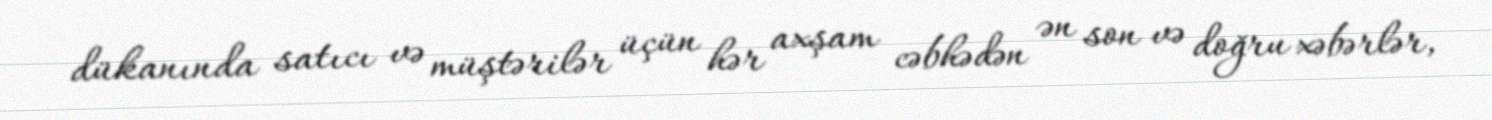
dükanında satıcı və müştərilər üçün hər axşam cəbhədən ən son və doğru xəbərlər,